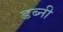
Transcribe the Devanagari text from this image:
डब्नी